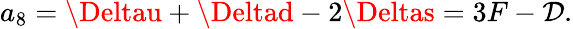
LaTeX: a_{8}=\Deltau+\Deltad-2\Deltas=3F-\mathcal{D}.